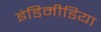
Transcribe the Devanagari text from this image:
इंडिमीडिया